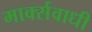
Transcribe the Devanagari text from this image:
मार्क्सवाधी